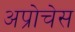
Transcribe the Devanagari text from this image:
अप्रोचेस